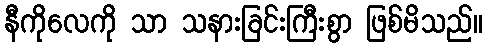
နီကိုလေကို သာ သနားခြင်းကြီးစွာ ဖြစ်မိသည်။